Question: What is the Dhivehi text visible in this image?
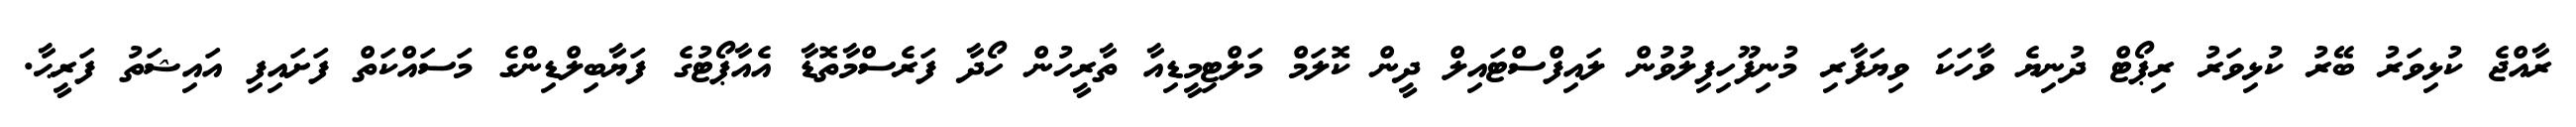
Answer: ރާއްޖެ ކުޅިވަރު ބޭރު ކުޅިވަރު ރިޕޯޓް ދުނިޔެ ވާހަކަ ވިޔަފާރި މުނިފޫހިފިލުވުން ލައިފްސްޓައިލް ދީން ކޮލަމް މަލްޓިމީޑިއާ ތާރީހުން ހޯދާ ފަރެސްމާތޮޑާ އެއާޕޯޓުގެ ފަޔާބިލްޑިންގެ މަސައްކަތް ފަށައިފި އައިޝަތު ފަރީޙާ.